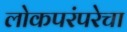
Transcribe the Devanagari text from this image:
लोकपरंपरेचा